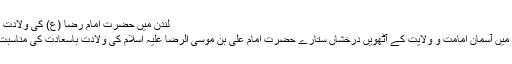
لندن میں حضرت امام رضا (ع) کی ولادت کی مناسبت سے شاندار تقریب
برطانیہ کے دارالحکومت لندن میں آسمان امامت و ولایت کے آٹھویں درخشاں ستارے حضرت امام علی بن موسی الرضا علیہ اسلام کی ولادت باسعادت کی مناسبت سے شاندار محفل منعقد ہوئی۔